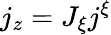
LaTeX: j_{z}=J_{\xi}j^{\xi}